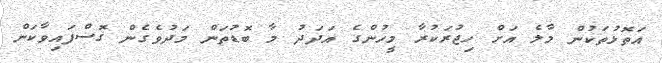
އަތޮޅުތަކުން މާލެ އަށް ހިޖުރަކުރާ މީހުންގެ އަދަދު މާ ބޮޑުތަން މަދުވެގެން ގޮސްފައިވާކަން